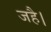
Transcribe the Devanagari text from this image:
जहै।